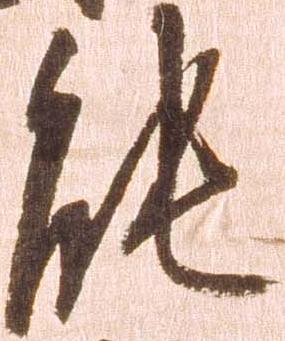
能